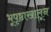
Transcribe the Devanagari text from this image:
भूपृष्ठाखालून